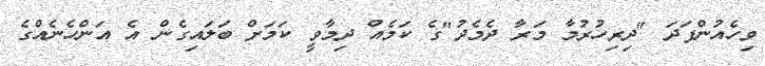
ވިހެއުންފަދަ "ދިރިހުރުމާ މަރާ ދެމެދު"ގެ ކަމެއް ދިމާވީ ކަމަށް ބަލައިގެން އެ އަންހެނެއްގެ